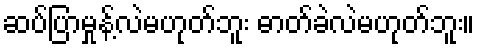
ဆပ်ပြာမှုန့်လဲမဟုတ်ဘူး ဓာတ်ခဲလဲမဟုတ်ဘူး။